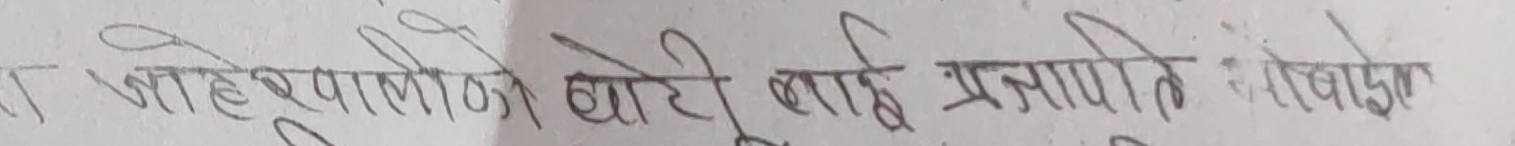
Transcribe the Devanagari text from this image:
जोहेपालले खाडी लाई प्रजापति रोवाको